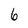
Character: 6